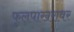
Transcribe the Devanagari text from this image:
फुलपाखरावर